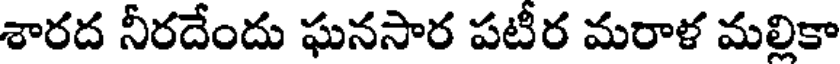
శారద నీరదేందు ఘనసార పటీర మరాళ మల్లికా